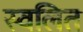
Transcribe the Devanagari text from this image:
स्वलित